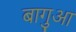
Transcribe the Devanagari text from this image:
बागुआ